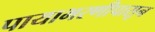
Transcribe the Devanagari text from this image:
पायाभरणीपासून